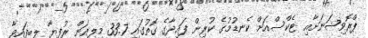
ޕްރޮވިޝަނަށާއި ޓެކްސްއަށް ކެނޑުމުގެ ކުރިން ފައިދާގެ ގޮތުގައި 33.7 މިލިއަން ރުފިޔާ ލިބިފައިވާ